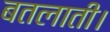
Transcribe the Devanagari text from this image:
बतलाती।